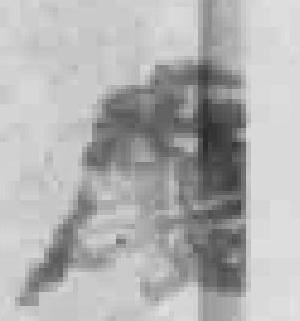
廰